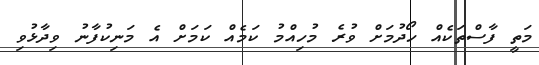
މަތީ ފާސްތަކެއް ހޯދުމަށް ވުރެ މުހިއްމު ކަމެއް ކަމަށް އެ މަނިކުފާނު ވިދާޅުވި